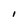
Character: l